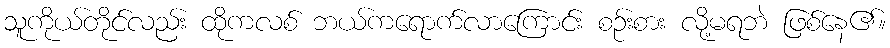
သူကိုယ်တိုင်လည်း ထိုကလစ် ဘယ်ကရောက်လာကြောင်း စဉ်းစား လို့မရဘဲ ဖြစ်နေ၏။